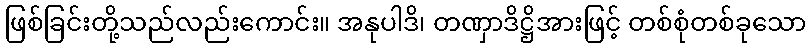
ဖြစ်ခြင်းတို့သည်လည်းကောင်း။ အနုပါဒိ၊ တဏှာဒိဋ္ဌိအားဖြင့် တစ်စုံတစ်ခုသော